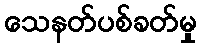
သေနတ်ပစ်ခတ်မှု